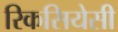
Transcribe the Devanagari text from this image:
रिकसियेसी